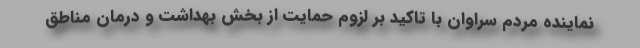
نماینده مردم سراوان با تاکید بر لزوم حمایت از بخش بهداشت و درمان مناطق